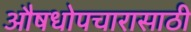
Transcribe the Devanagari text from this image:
औषधोपचारासाठी